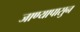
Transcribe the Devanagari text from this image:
जाण्यापासुन